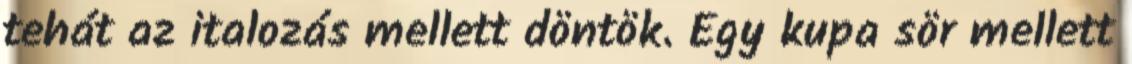
tehát az italozás mellett döntök. Egy kupa sör mellett